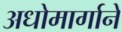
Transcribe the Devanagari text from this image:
अधोमार्गाने